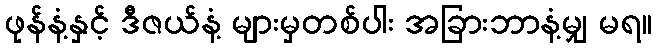
ဖုန်နံ့နှင့် ဒီဇယ်နံ့ များမှတစ်ပါး အခြားဘာနံ့မျှ မရ။